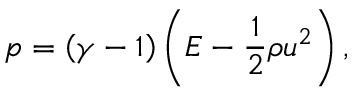
p = \left( \gamma - 1 \right) \left( E - \frac { 1 } { 2 } \rho u ^ { 2 } \right) ,